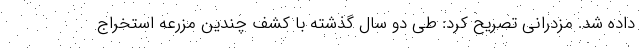
داده شد. مزدرانی تصریح کرد: طی دو سال گذشته با کشف چندین مزرعه استخراج